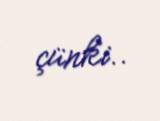
çünki..